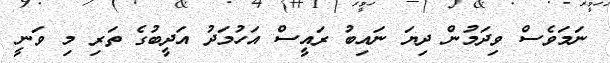
ނަމަވެސް ވިދަމުން ދިޔަ ނައިބު ރައީސް އަހުމަދު އަދީބުގެ ތަރި މި ވަނީ